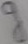
Text: g